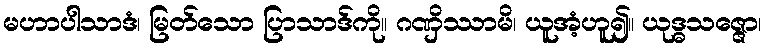
မဟာပါသာဒံ၊ မြတ်သော ပြာသာဒ်ကို။ ဂဏှိဿာမိ၊ ယူအံ့ဟူ၍။ ယုဒ္ဓသဇ္ဇော၊